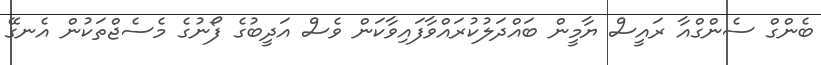
ބެންގް ސެންގްއާ ރައީސް ޔާމީން ބައްދަލުކުރައްވާފައިވާކަން ވެސް އަދީބުގެ ފޯނުގެ މެސެޖްތަކުން އެނގޭ